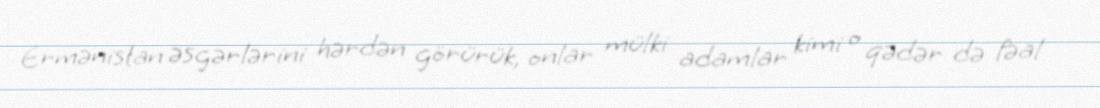
Ermənistan əsgərlərini hərdən görürük, onlar mülki adamlar kimi o qədər də fəal